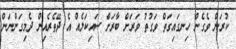
ކުރަން ވެގެން ހިނގައިގަތް ވަގުތު ވަރަށް ބާރަށް ސައިކަލެއް އެ ދޭތެރެއިން ދެމިގަންނަން